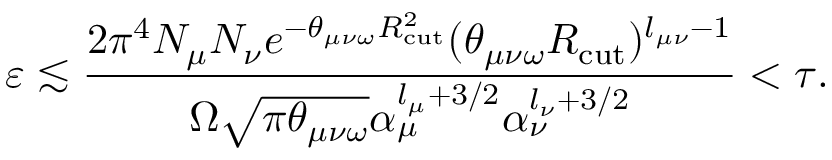
\varepsilon \lesssim \frac { 2 \pi ^ { 4 } N _ { \mu } N _ { \nu } e ^ { - \theta _ { \mu \nu \omega } R _ { \mathrm { c u t } } ^ { 2 } } ( \theta _ { \mu \nu \omega } R _ { \mathrm { c u t } } ) ^ { l _ { \mu \nu } - 1 } } { \Omega \sqrt { \pi \theta _ { \mu \nu \omega } } \alpha _ { \mu } ^ { l _ { \mu } + 3 / 2 } \alpha _ { \nu } ^ { l _ { \nu } + 3 / 2 } } < \tau .